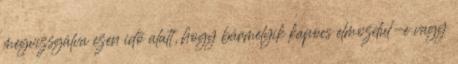
megvizsgálva ezen idõ alatt, hogy bármelyik kapocs elmozdul-e vagy